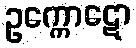
ဥက္ကောဋော